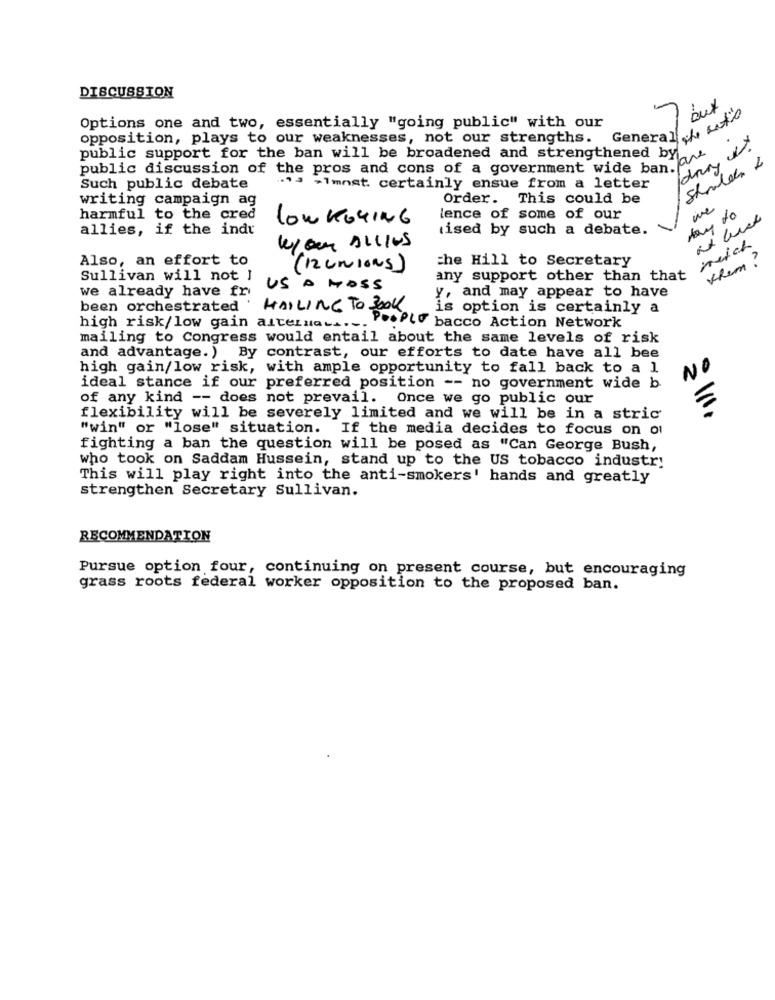
DISCUSSION
7
but
Options one and two, essentially "going public" with our
General / Lot's
opposition, plays to our weaknesses, not our strengths.
public support for the ban will be broadened and strengthened by
Shouldn &
public discussion of the pros and cons of a government wide ban.ja
Such public debate
.13 -1mnst. certainly ensue from a letter
writing campaign ag
Order. This could be
day to
harmful to the cred
lowKGGING
lence of some of our
allies, if the indt
ised by such a debate.
mich
Kyon AllINS
Also, an effort to
the Hill to Secretary
Klem?
(12 unions)
Sullivan will not J
any support other than that
we already have fri
US A MOSS
y, and may appear to have
been orchestrated HAILING TO BOOK
is option is certainly a
high risk/low gain alternat ..-
.PLO bacco Action Network
mailing to Congress would entail about the same levels of risk
and advantage.) By contrast, our efforts to date have all bee
high gain/low risk, with ample opportunity to fall back to a 1
NO
ideal stance if our preferred position -- no government wide b
of any kind -- does not prevail. Once we go public our
flexibility will be severely limited and we will be in a stric
"win" or "lose" situation. If the media decides to focus on ou
fighting a ban the question will be posed as "Can George Bush,
who took on Saddam Hussein, stand up to the US tobacco industry
This will play right into the anti-smokers' hands and greatly
strengthen Secretary Sullivan.
RECOMMENDATION
Pursue option four, continuing on present course, but encouraging
grass roots federal worker opposition to the proposed ban.